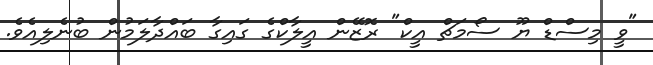
"ވީ މިސްޑް ޔޫ ސޯމަޗް އީކް" ރޮޒޭން އީލާކްގެ ގައިގާ ބައްދާލަމުން ބުނެލިއެވެ.